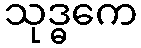
သုဒ္ဓကေ